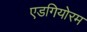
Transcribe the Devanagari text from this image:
एडगियोरम